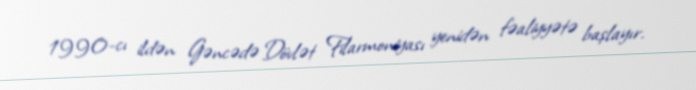
1990-cı ildən Gəncədə Dövlət Filarmoniyası yenidən fəaliyyətə başlayır.